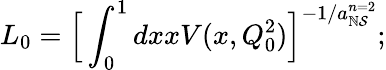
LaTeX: L_{0}={\Bigl[}\int_{0}^{1}dxxV(x,Q_{0}^{2}){\Bigl]}^{-1/a_{\mathbb{N}\mathcal{S}}^{n=2}};